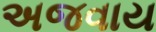
અજવાય